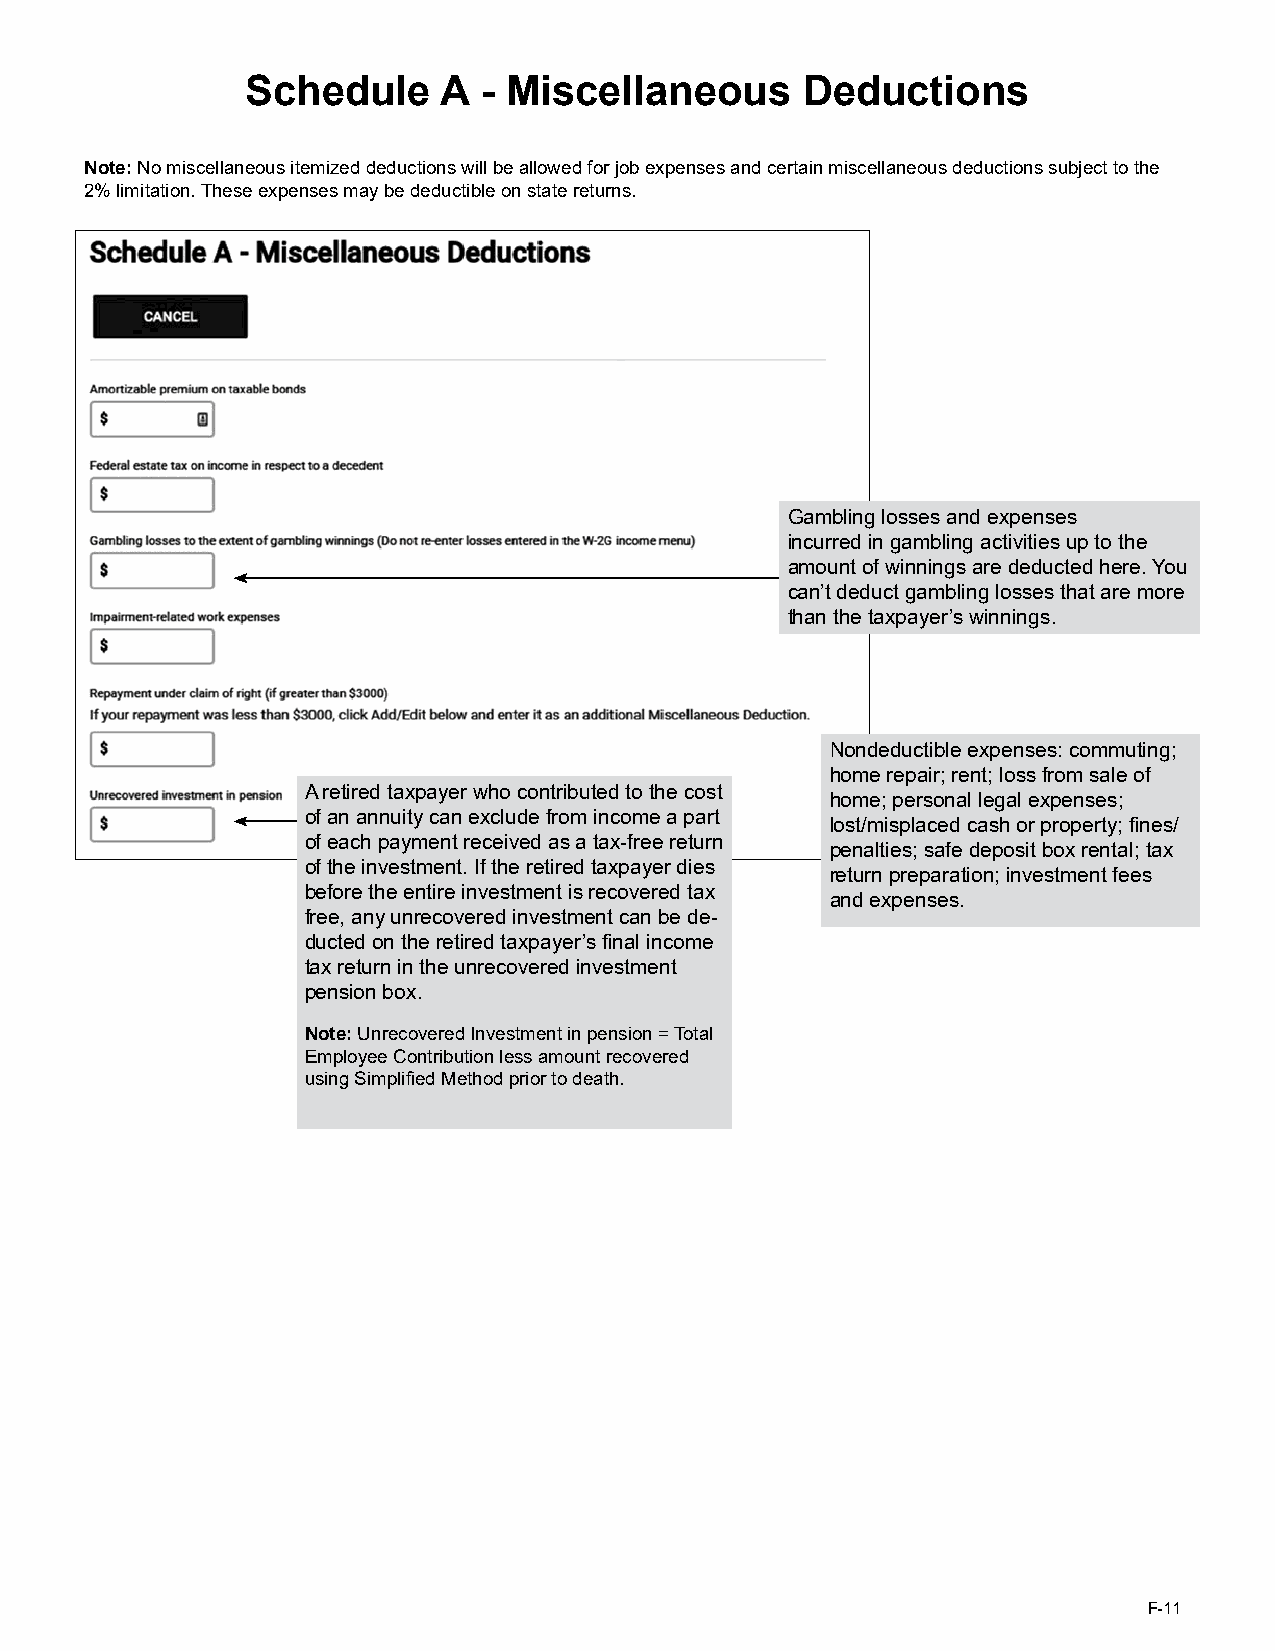
Schedule     A  - Miscellaneous      Deductions
 Note: No miscellaneous itemized deductions will be allowed for job expenses and certain miscellaneous deductions subject to the
 2% limitation. These expenses may be deductible on state returns.
 Gambling losses and expenses
 incurred in gambling activities up to the
 amount of winnings are deducted here. You
 can’t deduct gambling losses that are more
 than the taxpayer’s winnings.
 Nondeductible expenses: commuting;
 home repair; rent; loss from sale of
 A retired taxpayer who contributed to the cost
 home; personal legal expenses;
 of an annuity can exclude from income a part
 lost/misplaced cash or property; fines/
 of each payment received as a tax-free return
 penalties; safe deposit box rental; tax
 of the investment. If the retired taxpayer dies
 return preparation; investment fees
 before the entire investment is recovered tax
 and expenses.
 free, any unrecovered investment can be de-
 ducted on the retired taxpayer’s final income
 tax return in the unrecovered investment
 pension box.
 Note: Unrecovered Investment in pension = Total
 Employee Contribution less amount recovered
 using Simplified Method prior to death.
 F-11